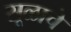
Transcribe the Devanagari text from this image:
सूळाचे